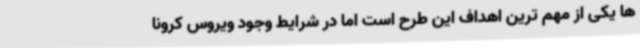
ها یکی از مهم ترین اهداف این طرح است اما در شرایط وجود ویروس کرونا